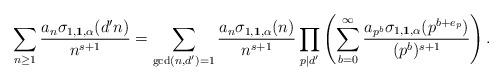
LaTeX: \begin{align*}\sum_{n \geq 1} \frac{a_n \sigma_{1,\textbf{1},\alpha}(d'n)}{n^{s + 1}}=\sum_{\gcd(n,d')=1}\frac{a_n \sigma_{1,\textbf{1},\alpha}(n)}{n^{s + 1}}\prod_{p\mid d'}\left(\sum_{b=0}^{\infty}\frac{a_{p^b} \sigma_{1,\textbf{1},\alpha}(p^{b+e_p})}{(p^{b})^{s + 1}}\right).\end{align*}